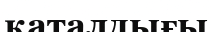
қаталдығы